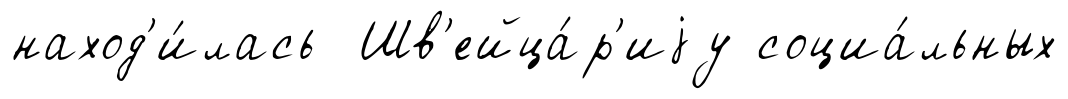
наход'и́лась Шв'ейца́р'иjу социа́льных